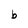
Character: b